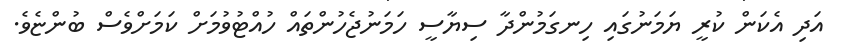
އަދި އެކަން ކުރީ ޔަމަނުގައި ހިނގަމުންދާ ސިޔާސީ ހަމަނުޖެހުންތައް ހުއްޓުވުމަށް ކަމަށްވެސް ބުންޏެވެ.